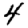
Digit: 4